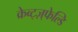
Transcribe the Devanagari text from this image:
क्रेव्ट्ज़्फेल्डि